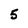
Character: 5